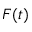
F ( t )